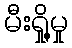
မီးရှို့မှု